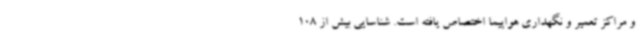
و مراکز تعمیر و نگهداری هواپیما اختصاص یافته است. شناسایی بیش از 108